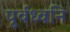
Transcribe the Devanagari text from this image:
पूर्वध्वनि